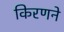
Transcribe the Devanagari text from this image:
किरणने